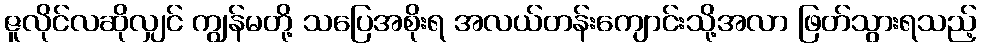
ဇူလိုင်လဆိုလျှင် ကျွန်မတို့ သပြေအစိုးရ အလယ်တန်းကျောင်းသို့အလာ ဖြတ်သွားရသည့်